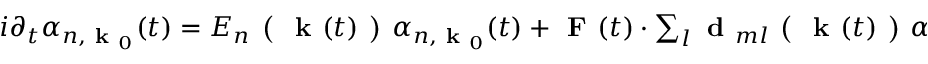
\begin{array} { r } { i \partial _ { t } \alpha _ { n , \textbf { k } _ { 0 } } ( t ) = E _ { n } \textbf { ( } \textbf { k } ( t ) \textbf { ) } \alpha _ { n , \textbf { k } _ { 0 } } ( t ) + \textbf { F } ( t ) \cdot \sum _ { l } \textbf { d } _ { m l } \textbf { ( } \textbf { k } ( t ) \textbf { ) } \alpha _ { l , \textbf { k } _ { 0 } } ( t ) . } \end{array}